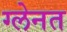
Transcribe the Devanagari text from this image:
ग्लेनत